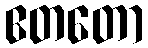
ဧတတော